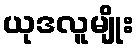
ယုဒလူမျိုး